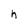
Character: h